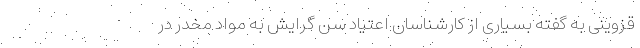
قزوینی به گفته بسیاری از کارشناسان اعتیاد سن گرایش به مواد مخدر در